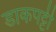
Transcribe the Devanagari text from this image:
डाकपट्टी